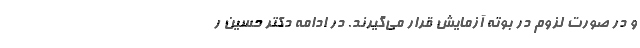
و در صورت لزوم در بوته آزمایش قرار می‌گیرند. در ادامه دکتر حسین ر